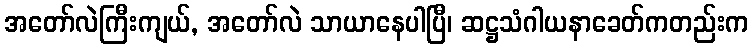
အတော်လဲကြီးကျယ်, အတော်လဲ သာယာနေပါပြီ၊ ဆဋ္ဌသံဂါယနာခေတ်ကတည်းက